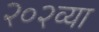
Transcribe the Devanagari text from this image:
२०२व्या